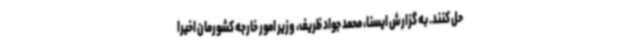
حل کنند. به گزارش ایسنا، محمد جواد ظریف، وزیر امور خارجه کشورمان اخیرا